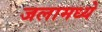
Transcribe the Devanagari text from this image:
जलामध्ये